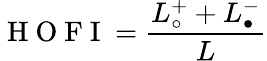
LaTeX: \mathrm{~H~O~F~I~}=\frac{L_{\circ}^{+}+L_{\bullet}^{-}}{L}